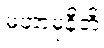
မဟာမုနီတိ